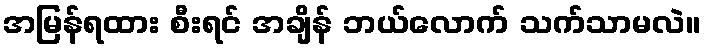
အမြန်ရထား စီးရင် အချိန် ဘယ်လောက် သက်သာမလဲ။